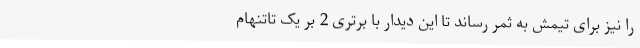
را نیز برای تیمش به ثمر رساند تا این دیدار با برتری 2 بر یک تاتنهام